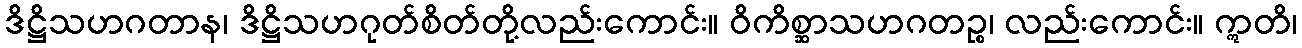
ဒိဋ္ဌိသဟဂတာန၊ ဒိဋ္ဌိသဟဂုတ်စိတ်တို့လည်းကောင်း။ ဝိကိစ္ဆာသဟဂတဉ္စ၊ လည်းကောင်း။ ဣတိ၊